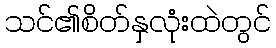
သင်၏စိတ်နှလုံးထဲတွင်